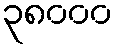
၃၈၀၀၀